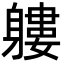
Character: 軁